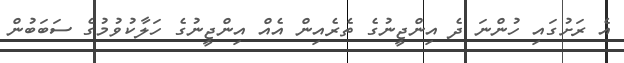
އެ ރަށުގައި ހުންނަ ދެ އިންޖީނުގެ ތެރެއިން އެއް އިންޖީނުގެ ހަލާކުވުމުގެ ސަބަބުން